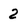
Character: 2